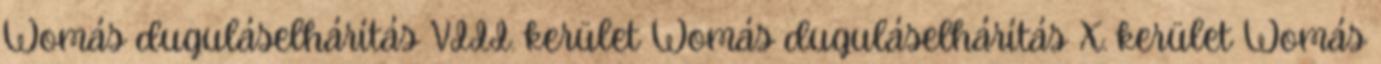
Womás duguláselhárítás VIII. kerület Womás duguláselhárítás X. kerület Womás